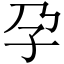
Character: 孕